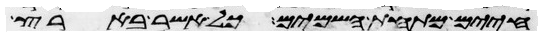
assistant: חיים מתחת השמים כל אשר בארץ